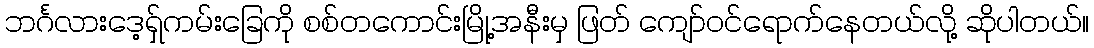
ဘင်္ဂလားဒေ့ရှ်ကမ်းခြေကို စစ်တကောင်းမြို့အနီးမှ ဖြတ် ကျော်ဝင်ရောက်နေတယ်လို့ ဆိုပါတယ်။